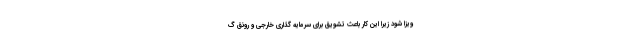
ویزا شود زیرا این کار باعث تشویق برای سرمایه گذاری خارجی و رونق گ